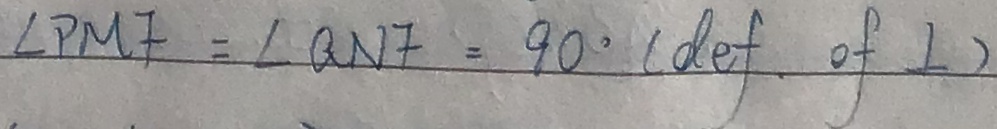
\angle P M F = \angle Q N F = 9 0 ^ { \circ } ( d e f . o f \bot )